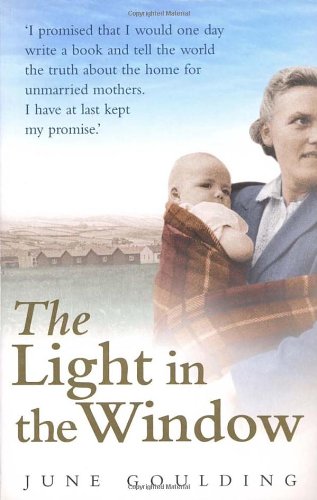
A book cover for The Light in the Window; June Goulding; Biographies & Memoirs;